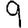
Digit: 9